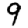
Digit: 9